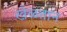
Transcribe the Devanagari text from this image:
खेळतान